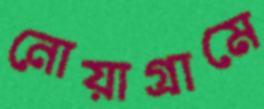
নোয়াগ্রামে